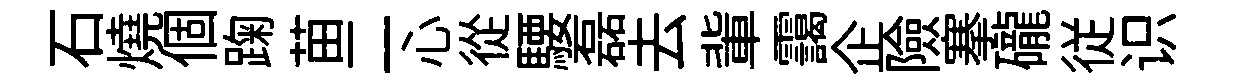
石燒個踘苗二心從騕磊去軰靄企險搴礲従识